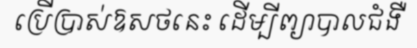
ប្រើប្រាស់ឱសថនេះ ដើម្បីព្យាបាលជំងឺ